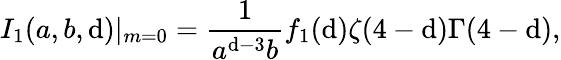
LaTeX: I_{1}(a,b,\mathrm{d})|_{m=0}=\frac{{1}}{{a^{\mathrm{d}-3}b}}f_{1}(\mathrm{d})\zeta(4-\mathrm{d})\Gamma(4-\mathrm{d}),